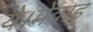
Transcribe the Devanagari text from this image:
थे।मेवाड